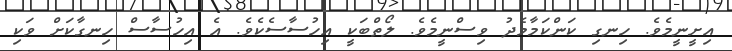
އިށީނީމެވެ. ހިނގި ކަންކަމާމެދު ވިސްނީމެވެ. ލޯތްބަކީ އިހުސާސެކެވެ. އެ އިހުސާސް ހިނގާކަށް ވަކި